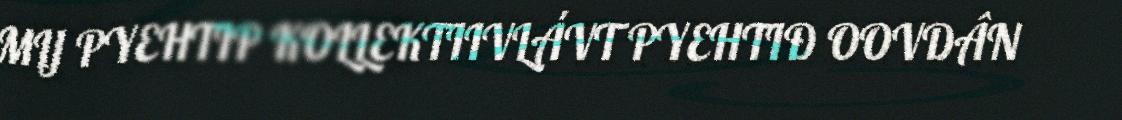
MIJ PYEHTIP KOLLEKTIIVLÁVT PYEHTIĐ OOVDÂN